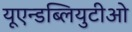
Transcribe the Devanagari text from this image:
यूएन्डब्लियुटीओ